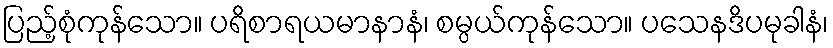
ပြည့်စုံကုန်သော။ ပရိစာရယမာနာနံ၊ စမ္ပယ်ကုန်သော။ ပသေနဒိပမုခါနံ၊